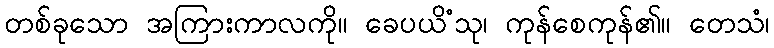
တစ်ခုသော အကြားကာလကို။ ခေပယိံသု၊ ကုန်စေကုန်၏။ တေသံ၊